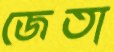
জেতা